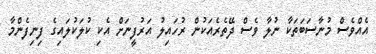
އެއްވެސް މުނާސަބަތަކާ ނުލާ ވެސް ދޭތެރެއަކުން ރުހައިލު އަރުފީނަށް އެކި ކުލަކުލައިގެ ފިނިފެންމާ